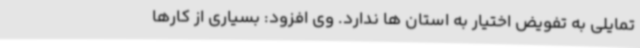
تمایلی به تفویض اختیار به استان ها ندارد. وی افزود: بسیاری از کارها